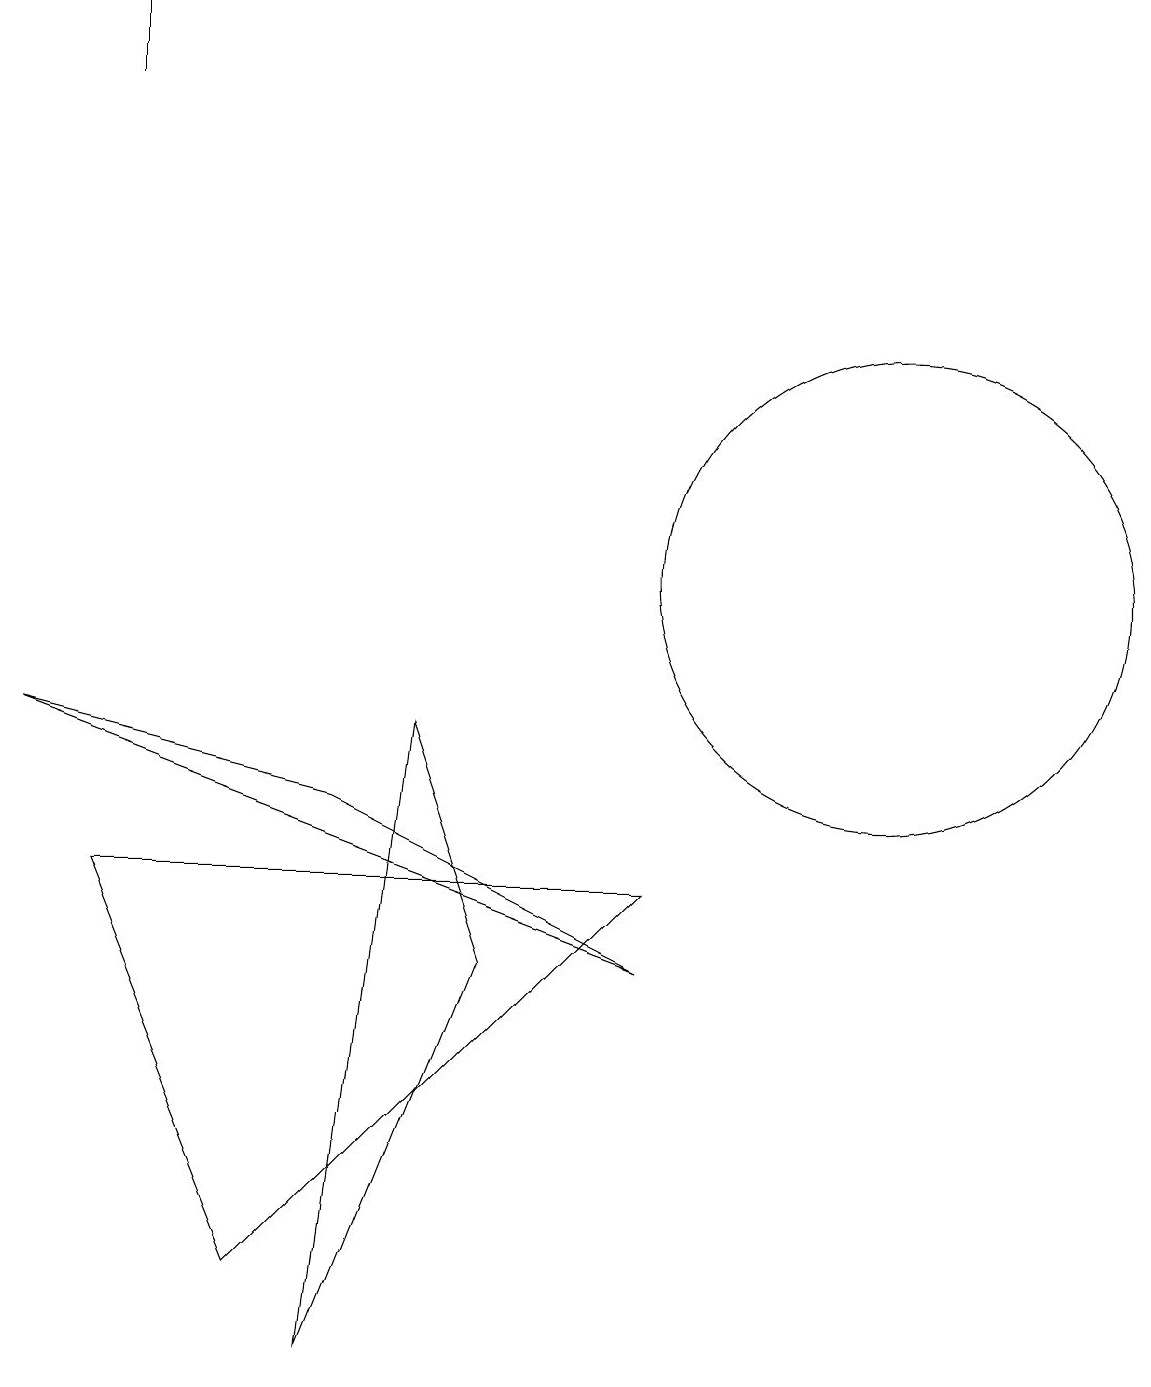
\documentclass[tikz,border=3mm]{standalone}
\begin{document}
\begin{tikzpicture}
\draw (6,5) -- (4,0) -- (5,8) -- cycle;
\draw (8,6) -- (3,1) -- (1,6) -- cycle;
\draw (11,10) circle (3);
\draw (11,12) circle (0);
\draw (8,5) -- (4,7) -- (0,8) -- cycle;
\draw (1,17) rectangle (1,16);
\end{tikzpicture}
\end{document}